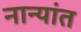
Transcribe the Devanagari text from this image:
नान्यांत